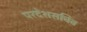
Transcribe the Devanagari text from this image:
परदेशसचिव